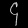
Digit: ၄